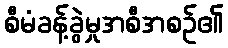
စီမံခန့်ခွဲမှုအစီအစဉ်၏